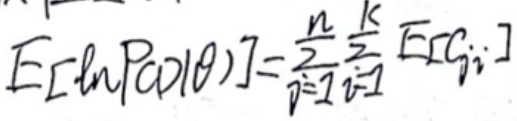
\[
E[\ln P(D|\theta)] = \frac{n}{2}\sum_{i = 1}^{K} E[G_{ii}]
\]